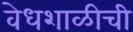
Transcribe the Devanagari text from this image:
वेधशाळीची